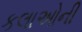
કલાઓની